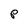
Character: P